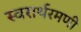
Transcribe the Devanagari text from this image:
स्वरार्थरमणी